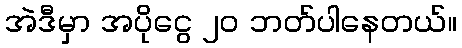
အဲဒီမှာ အပိုငွေ ၂၀ ဘတ်ပါနေတယ်။